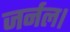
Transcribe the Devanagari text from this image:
जर्नल।